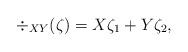
LaTeX: \begin{align*} \div_{XY}( \zeta) = X \zeta_1 + Y \zeta_2, \end{align*}